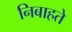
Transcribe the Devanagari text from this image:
निबाहते